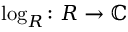
\log _ { R } \colon R \to \mathbb { C }